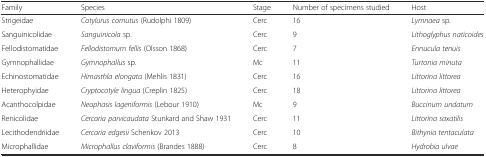
| Family | Species | Stage | Number of specimens studied | Host |
 | --- | --- | --- | --- | --- |
 | Strigeidae | Cotylurus cornutus (Rudolphi 1809) | Cerc | 16 | Lymnaea sp. |
 | Sanguinicolidae | Sanguinicola sp. | Cerc | 9 | Lithoglyphus naticoides |
 | Fellodistomatidae | Fellodistomum fellis (Olsson 1868) | Cerc | 7 | Ennucula tenuis |
 | Gymnophallidae | Gymnophallus sp. | Mc | 11 | Turtonia minuta |
 | Echinostomatidae | Himasthla elongata (Mehlis 1831) | Cerc | 16 | Littorina littorea |
 | Heterophyidae | Cryptocotyle lingua (Creplin 1825) | Cerc | 18 | Littorina littorea |
 | Acanthocolpidae | Neophasis lageniformis (Lebour 1910) | Mc | 9 | Buccinum undatum |
 | Renicolidae | Cercaria parvicaudata Stunkard and Shaw 1931 | Cerc | 11 | Littorina saxatilis |
 | Lecithodendriidae | Cercaria edgesii Schenkov 2013 | Cerc | 10 | Bithynia tentaculata |
 | Microphallidae | Microphallus claviformis (Brandes 1888) | Cerc | 8 | Hydrobia ulvae |